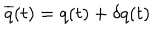
\overline { { { q } } } ( t ) = q ( t ) + \delta q ( t )